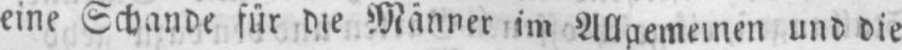
eine Schande für die Männer im Allgemeinen und die